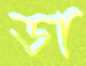
ডা